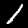
Label: 1